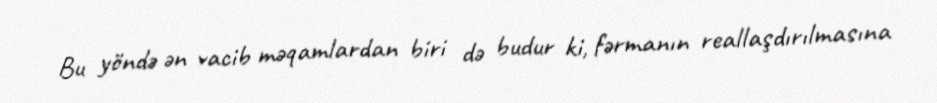
Bu yöndə ən vacib məqamlardan biri də budur ki, fərmanın reallaşdırılmasına